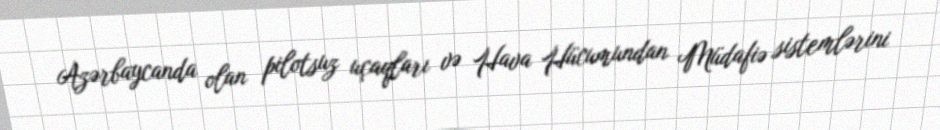
Azərbaycanda olan pilotsuz uçaqları və Hava Hücumundan Müdafiə sistemlərini